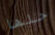
حلها